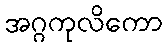
အဂ္ဂကုလိကော